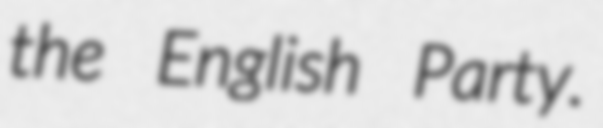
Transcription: the English Party.